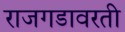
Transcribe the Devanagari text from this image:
राजगडावरती